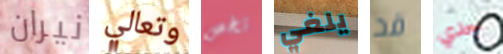
نيران وتعالي تخص يلغي قد جدي